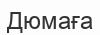
Дюмаға